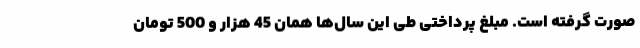
صورت گرفته است. مبلغ پرداختی طی این سال‌ها همان 45 هزار و 500 تومان